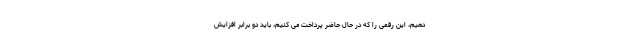
دهیم، این رقمی را که در حال حاضر پرداخت می کنیم، باید دو برابر افزایش